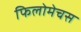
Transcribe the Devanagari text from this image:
फिलोमेचस